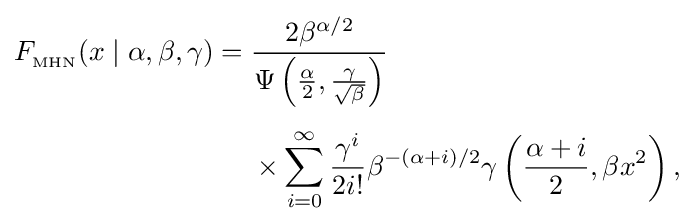
{\begin{aligned}F_{_{\text{MHN}}}(x\mid \alpha ,\beta ,\gamma )={}&{\frac {2\beta ^{\alpha /2}}{\Psi \left({\frac {\alpha }{2}},{\frac {\gamma }{\sqrt {\beta }}}\right)}}\\[4pt]&{}\times \sum _{i=0}^{\infty }{\frac {\gamma ^{i}}{2i!}}\beta ^{-(\alpha +i)/2}\gamma \left({\frac {\alpha +i}{2}},\beta x^{2}\right),\end{aligned}}